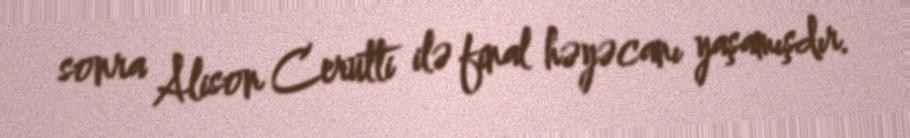
sonra Alison Cerutti ilə final həyəcanı yaşamışdır.